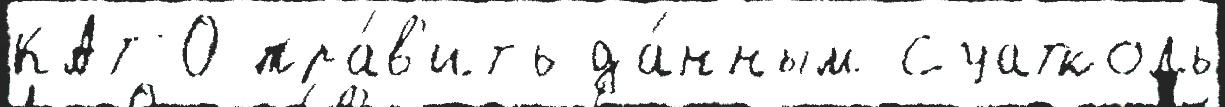
КАТО пра́в'ить да́нным Суатколь